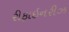
રીફાઇનરીઝ